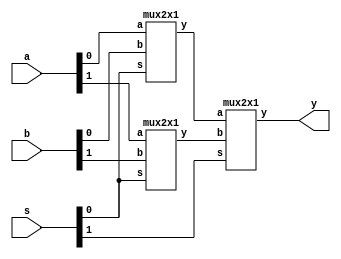
module mux_4x1(a,b,s,y);
input [1:0]a,b,s;
output y;
wire x1,x2;
mux2x1 s1(a[0],b[0],s[0],x1);
mux2x1 s2(a[1],b[1],s[0],x2);
mux2x1 s3(x1,x2,s[1],y);
endmodule
module mux2x1(a,b,s,y);
input a,b,s;
output y;
assign y=s?a:b;
endmodule